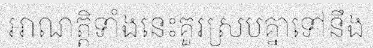
អាណត្តិទាំងនេះគួរស្របគ្នាទៅនឹង